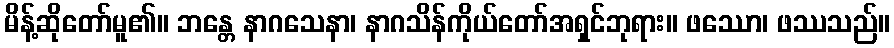
မိန့်ဆိုတော်မူ၏။ ဘန္တေ နာဂသေနာ၊ နာဂသိန်ကိုယ်တော်အရှင်ဘုရား။ ဖဿော၊ ဖဿသည်။